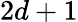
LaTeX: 2d+1